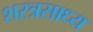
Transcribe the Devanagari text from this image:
शस्त्रसाध्य